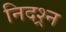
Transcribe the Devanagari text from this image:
निदश्र्न